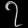
Digit: ၇